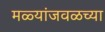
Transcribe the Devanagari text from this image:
मळ्यांजवळच्या